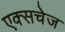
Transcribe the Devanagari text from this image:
एक्सचेज